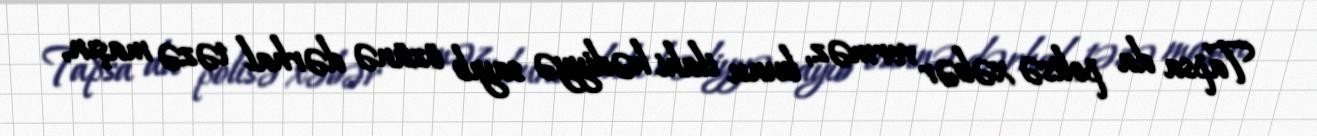
Tapsa da polisə xəbər verməz, bunu ilahi hədiyyə sayıb özünə dərhal təzə maşın,